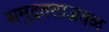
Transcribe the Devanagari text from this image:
समुद्रतटाजवळ